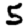
Digit: 5